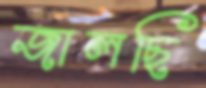
জালছি